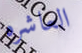
العاشره